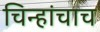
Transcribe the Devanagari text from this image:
चिन्हांचाच